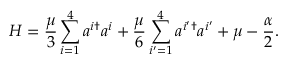
H = \frac { \mu } 3 \sum _ { i = 1 } ^ { 4 } a ^ { i \dagger } a ^ { i } + \frac { \mu } 6 \sum _ { i ^ { \prime } = 1 } ^ { 4 } a ^ { i ^ { \prime } \dagger } a ^ { i ^ { \prime } } + \mu - \frac { \alpha } { 2 } .